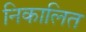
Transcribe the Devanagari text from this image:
निकालित